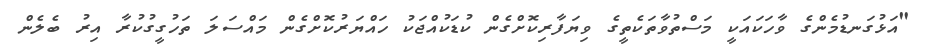
"އަޅުގަނޑުމެންގެ ވާހަކައަކީ މަސްތުވާތަކެތީގެ ވިޔަފާރިކޮށްގެން ކުޑަކުއްޖަކު ހައްޔަރުކޮށްގެން މައްސަލަ ތަހުގީގުކުރާ އިރު ބެލެން